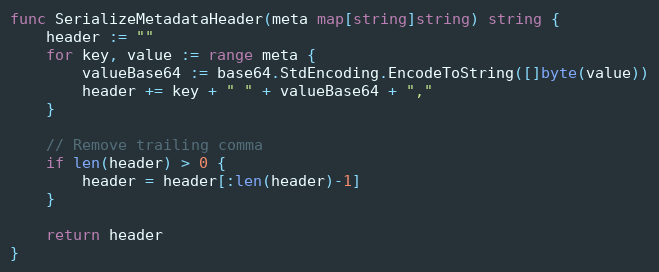
Language: Go
func SerializeMetadataHeader(meta map[string]string) string {
	header := ""
	for key, value := range meta {
		valueBase64 := base64.StdEncoding.EncodeToString([]byte(value))
		header += key + " " + valueBase64 + ","
	}

	// Remove trailing comma
	if len(header) > 0 {
		header = header[:len(header)-1]
	}

	return header
}